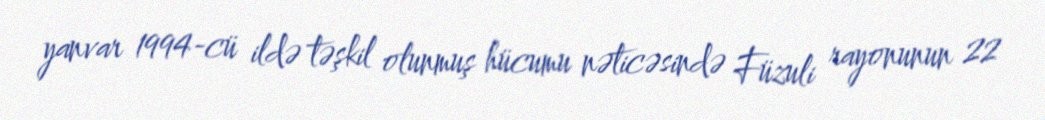
yanvar 1994-cü ildə təşkil olunmuş hücumu nəticəsində Füzuli rayonunun 22